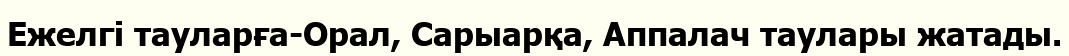
Ежелгі тауларға-Орал, Сарыарқа, Аппалач таулары жатады.